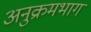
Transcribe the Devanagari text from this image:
अनुक्रमभाग